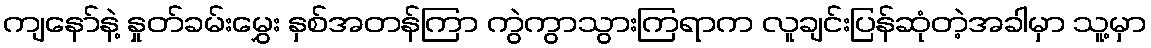
ကျနော်နဲ့ နှုတ်ခမ်းမွှေး နှစ်အတန်ကြာ ကွဲကွာသွားကြရာက လူချင်းပြန်ဆုံတဲ့အခါမှာ သူ့မှာ